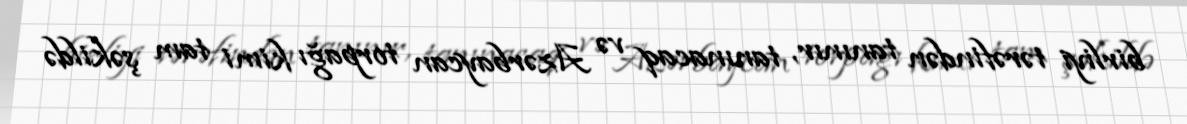
birliyi tərəfindən tanınır, tanınacaq və Azərbaycan torpağı kimi tam şəkildə